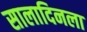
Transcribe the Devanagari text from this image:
सालादिनला